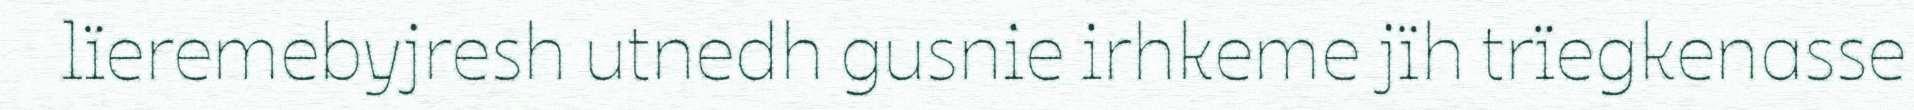
lïeremebyjresh utnedh gusnie irhkeme jïh trïegkenasse